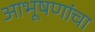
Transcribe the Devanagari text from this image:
आभूषणांचा